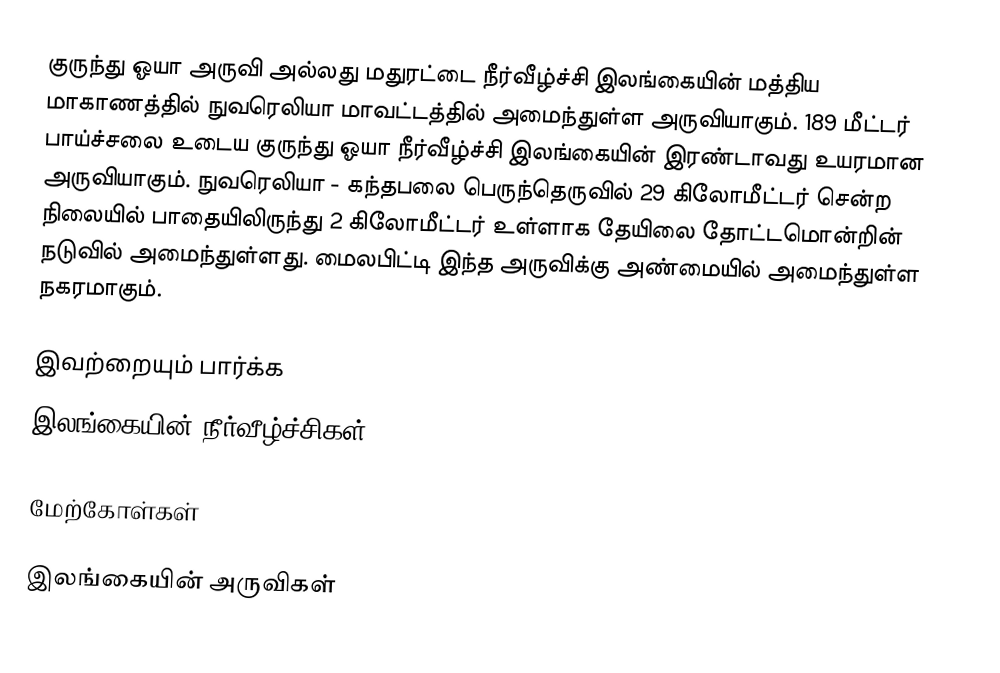
குருந்து ஓயா அருவி அல்லது மதுரட்டை நீர்வீழ்ச்சி இலங்கையின் மத்திய மாகாணத்தில்  நுவரெலியா மாவட்டத்தில் அமைந்துள்ள அருவியாகும். 189 மீட்டர் பாய்ச்சலை உடைய குருந்து ஓயா நீர்வீழ்ச்சி இலங்கையின் இரண்டாவது உயரமான அருவியாகும். நுவரெலியா - கந்தபலை பெருந்தெருவில் 29 கிலோமீட்டர் சென்ற நிலையில் பாதையிலிருந்து 2 கிலோமீட்டர் உள்ளாக தேயிலை தோட்டமொன்றின் நடுவில் அமைந்துள்ளது. மைலபிட்டி இந்த அருவிக்கு அண்மையில் அமைந்துள்ள நகரமாகும்.

இவற்றையும் பார்க்க
இலங்கையின் நீர்வீழ்ச்சிகள்

மேற்கோள்கள்

இலங்கையின் அருவிகள்